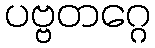
ပဗ္ဗတဂ္ဂေ